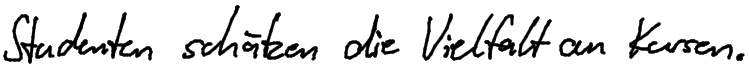
Studenten schätzen die Vielfalt an Kursen.